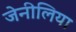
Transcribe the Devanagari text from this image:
जेनीलिया